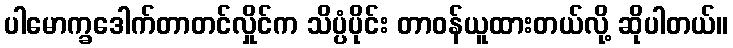
ပါမောက္ခဒေါက်တာတင်လှိုင်က သိပ္ပံပိုင်း တာဝန်ယူထားတယ်လို့ ဆိုပါတယ်။